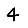
Digit: 4